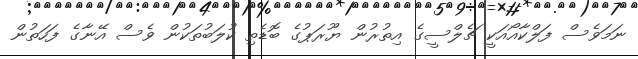
ނަމަވެސް ފަލްކާއޯއަކީ ޗެލްސީގެ އިތުރުން ޔޫރަޕުގެ ބޮޑެތި ކުލަބުތަކުން ވެސް އޭނާގެ ފަހަތުން